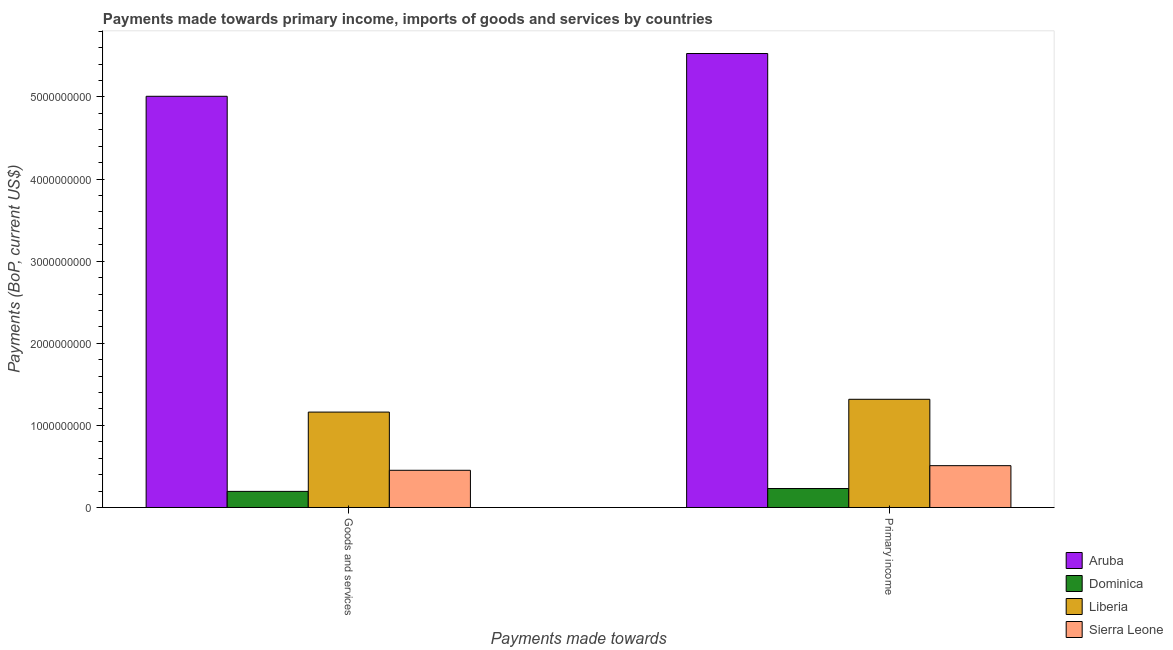
| Payments made towards | Aruba | Dominica | Liberia | Sierra Leone |
 | --- | --- | --- | --- | --- |
 | Goods and services | 5.01e+09 | 1.96e+08 | 1.16e+09 | 4.53e+08 |
 | Primary income | 5.53e+09 | 2.31e+08 | 1.32e+09 | 5.09e+08 |